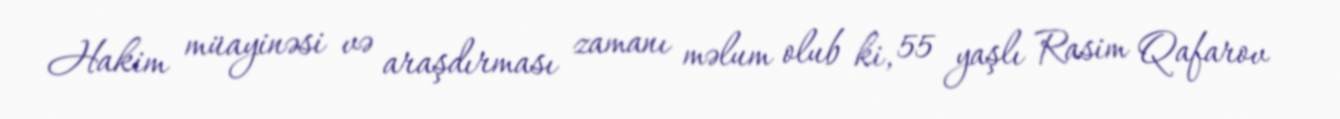
Hakim müayinəsi və araşdırması zamanı məlum olub ki, 55 yaşlı Rasim Qafarov